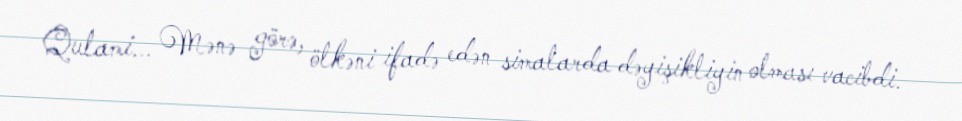
Qulami... Mənə görə, ölkəni ifadə edən simalarda dəyişikliyin olması vacibdi.